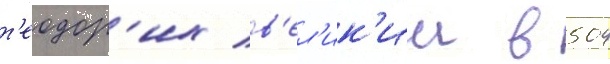
т'еодор'их в'ел'ик'ии в 504